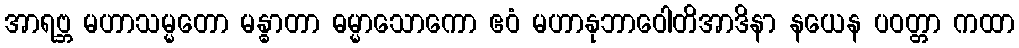
အာရဗ္ဘ မဟာသမ္မတော မန္ဓာတာ ဓမ္မာသောကော ဧဝံ မဟာနုဘာဝေါတိအာဒိနာ နယေန ပဝတ္တာ ကထာ